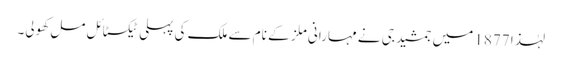
لہٰذا 1877 میں جمشید جی نے مہارانی ملز کے نام سے ملک کی پہلی ٹیکسٹائل ملِ کھولی۔